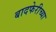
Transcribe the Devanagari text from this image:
बादफेरीच्या